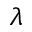
\lambda